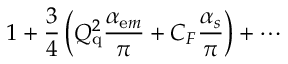
1 + \frac { 3 } { 4 } \left( Q _ { \mathrm { q } } ^ { 2 } \frac { \alpha _ { \mathrm e m } } { \pi } + C _ { F } \frac { \alpha _ { s } } { \pi } \right) + \cdots